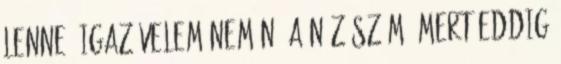
lenne, igaz velem nem nő a nézőszám, mert eddig